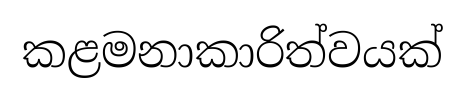
කළමනාකාරිත්වයක්